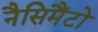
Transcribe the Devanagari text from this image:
नैसिमैंटो